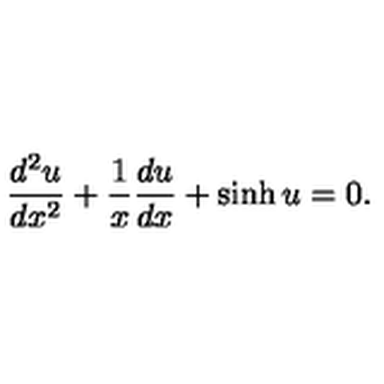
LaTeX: \frac { d ^ { 2 } u } { d x ^ { 2 } } + \frac { 1 } { x } \frac { d u } { d x } + \sinh u = 0 .